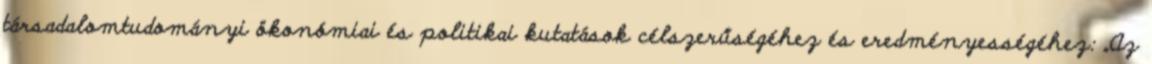
társadalomtudományi ökonómiai és politikai kutatások célszerűségéhez és eredményességéhez: „Az